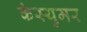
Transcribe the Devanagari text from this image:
कंस्युमर